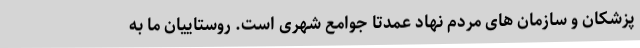
پزشکان و سازمان های مردم نهاد عمدتا جوامع شهری است. روستاییان ما به